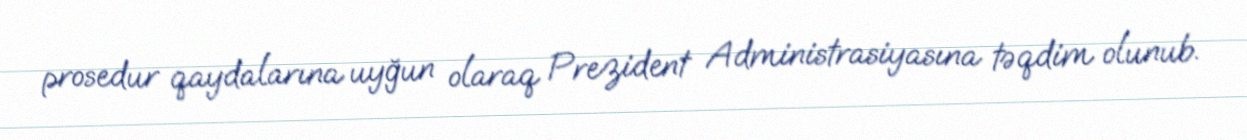
prosedur qaydalarına uyğun olaraq Prezident Administrasiyasına təqdim olunub.